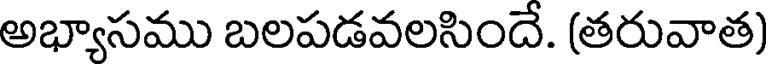
అభ్యాసము బలపడవలసిందే. (తరువాత)